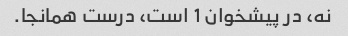
نه، در پیشخوان 1 است، درست همانجا.